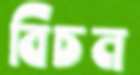
বিচন